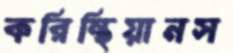
করিন্থিয়ানস